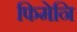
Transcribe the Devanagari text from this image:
फिमेनि